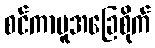
စင်ကာပူအခြေစိုက်